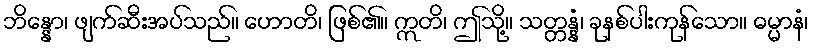
ဘိန္နော၊ ဖျက်ဆီးအပ်သည်။ ဟောတိ၊ ဖြစ်၏။ ဣတိ၊ ဤသို့။ သတ္တန္နံ၊ ခုနစ်ပါးကုန်သော။ ဓမ္မာနံ၊